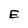
Character: E